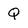
Character: Q